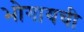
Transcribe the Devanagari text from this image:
भोगायची